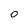
Character: 0